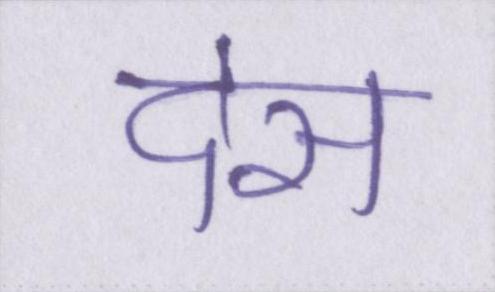
देस